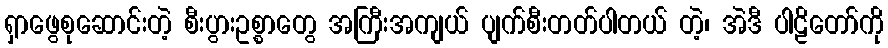
ရှာဖွေစုဆောင်းတဲ့ စီးပွားဥစ္စာတွေ အကြီးအကျယ် ပျက်စီးတတ်ပါတယ် တဲ့၊ အဲဒီ ပါဠိတော်ကို